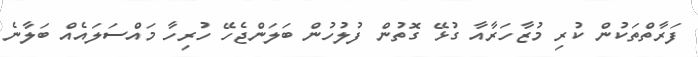
ފަރާތްތަކުން ކުރި މުޒާހަރާއާ ގުޅޭ ގޮތުން ފުލުހުން ބަލަންޖެހޭ ހުރިހާ މައްސަލައެއް ބަލާނެ